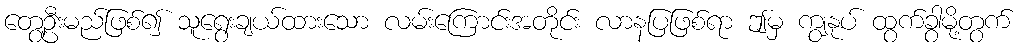
တွေ့ဦးမည်ဖြစ်၍ သူရွေးချယ်ထားသော လမ်းကြောင်းအတိုင်း လာနပြဖြစ်ရာ ဤမှ ကျွနုပ် ထွက်ခွာမို့တွက်